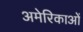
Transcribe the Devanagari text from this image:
अमेरिकाओं